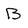
Character: B